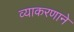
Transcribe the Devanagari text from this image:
व्याकरणाने